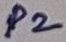
Text: P2